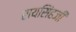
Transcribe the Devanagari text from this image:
रायसिंहजी